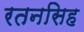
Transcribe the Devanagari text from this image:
रतनसिह